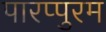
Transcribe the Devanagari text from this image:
पारप्पुरम